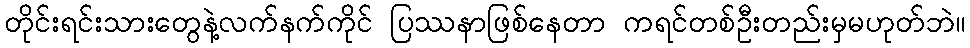
တိုင်းရင်းသားတွေနဲ့လက်နက်ကိုင် ပြဿနာဖြစ်နေတာ ကရင်တစ်ဦးတည်းမှမဟုတ်ဘဲ။